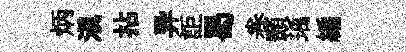
炳滇拈异詎曷巻顥瑀編